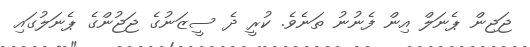
ޖަޖިން ޕެނަލް އިން ފެނުނު ތަނެވެ. ކުރީ ދެ ސީޒަނުގެ ޖަޖުންގެ ޕެނަލުގައި